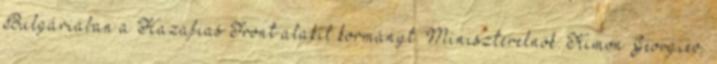
Bulgáriában a Hazafias Front alakít kormányt. Miniszterelnök: Kimon Georgiev.